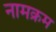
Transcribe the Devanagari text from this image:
नामक्रम